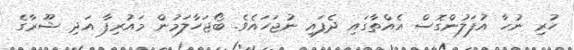
ހުރި ނުހާ އުފަލުންގޮސް އެއްތާގައި ދެފައި ނުޖަހައެވެ. ބޯޖަހާލަމުން މައުރިފާ އަދި ޝޫރާގެ